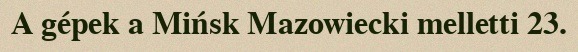
A gépek a Mińsk Mazowiecki melletti 23.